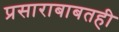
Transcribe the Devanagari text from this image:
प्रसाराबाबतही